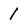
Character: 1